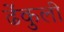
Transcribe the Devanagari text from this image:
ढेंकुली